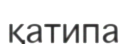
қатипа